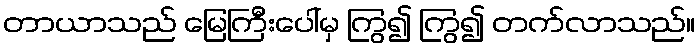
တာယာသည် မြေကြီးပေါ်မှ ကြွ၍ ကြွ၍ တက်လာသည်။